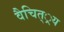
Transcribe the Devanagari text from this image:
वैचित््रय